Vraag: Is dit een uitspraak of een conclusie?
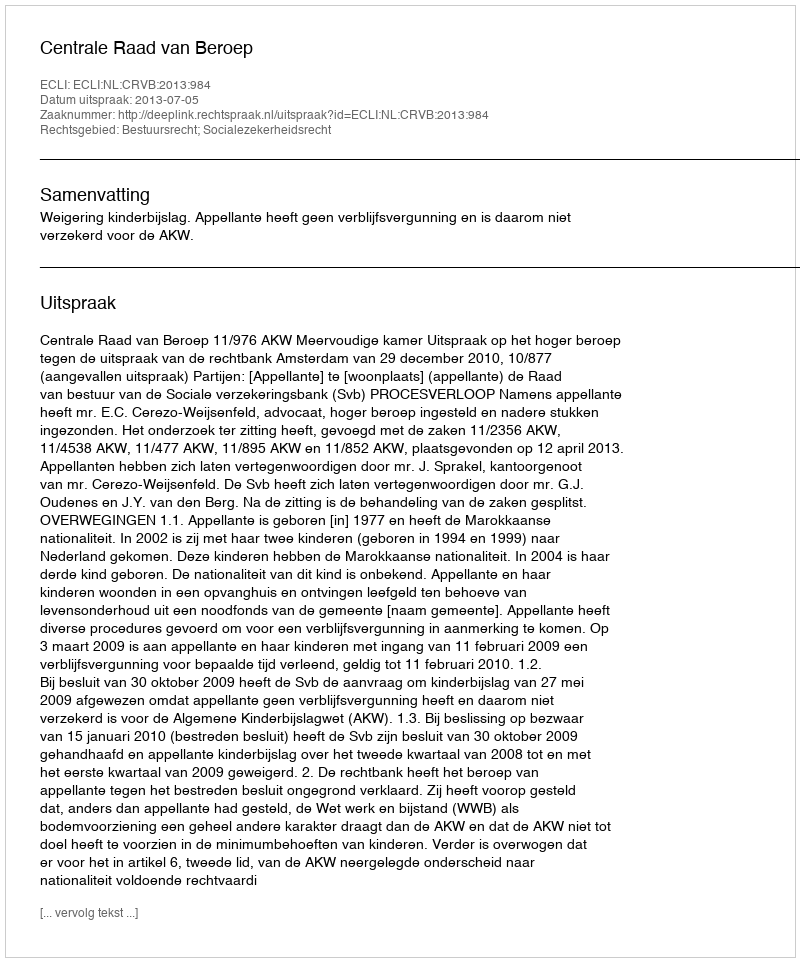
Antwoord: Uitspraak